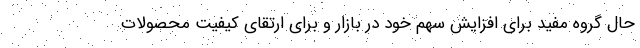
حال گروه مفید برای افزایش سهم خود در بازار و برای ارتقای کیفیت محصولات